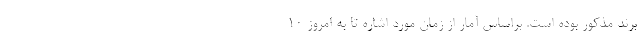
برند مذکور بوده است. براساس آمار از زمان مورد اشاره تا به امروز 10